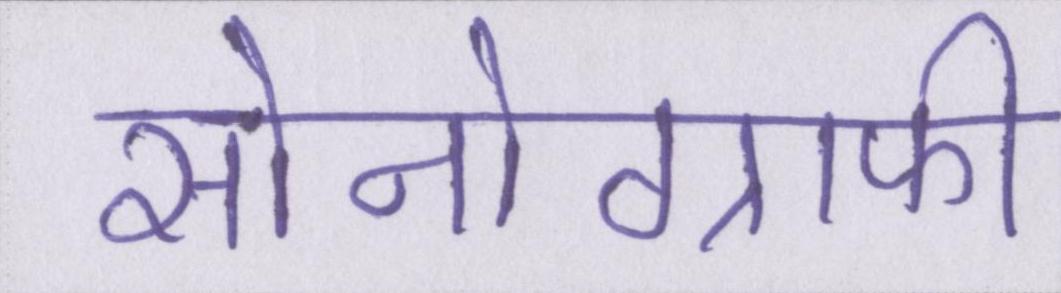
सोनोग्राफी